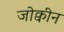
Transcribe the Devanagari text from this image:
जोक्वीन